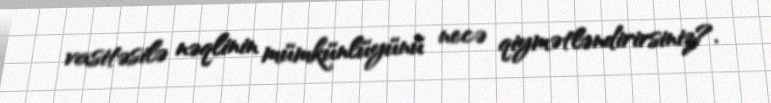
vasitəsilə nəqlinin mümkünlüyünü necə qiymətləndirirsiniz?.